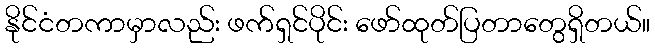
နိုင်ငံတကာမှာလည်း ဖက်ရှင်ပိုင်း ဖော်ထုတ်ပြတာတွေရှိတယ်။